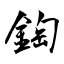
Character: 鋾